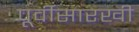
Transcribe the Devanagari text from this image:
पूर्वीसारखी